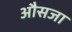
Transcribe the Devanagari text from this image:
औसजा